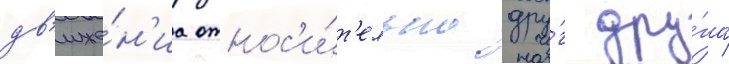
дв'иже́н'иа относ'и́т'ельно дру́г дру́га